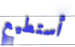
أستطيع